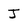
Character: J